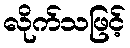
လိုက်သဖြင့်